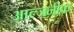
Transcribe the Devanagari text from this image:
आल्जनीक